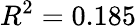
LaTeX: R^{2}=0.185